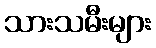
သားသမီးများ